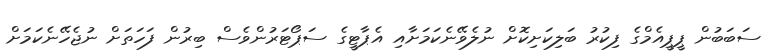
ސަބަބުން ޕީޕީއެމްގެ ފިކުރު ބަލިކަށިކޮށް ނުލެވޭނެކަމަށާއި އެޕާޓީގެ ސަޕޯޓަރުންވެސް ބިރުން ފަހަތަށް ނުޖެހޭނެކަމަށް